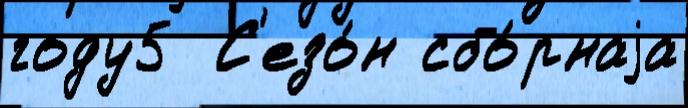
году5  С'езо́н сбо́рнаjа